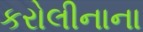
કરોલીનાના